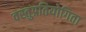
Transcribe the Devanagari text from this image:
वस्तुप्रतियोगिता